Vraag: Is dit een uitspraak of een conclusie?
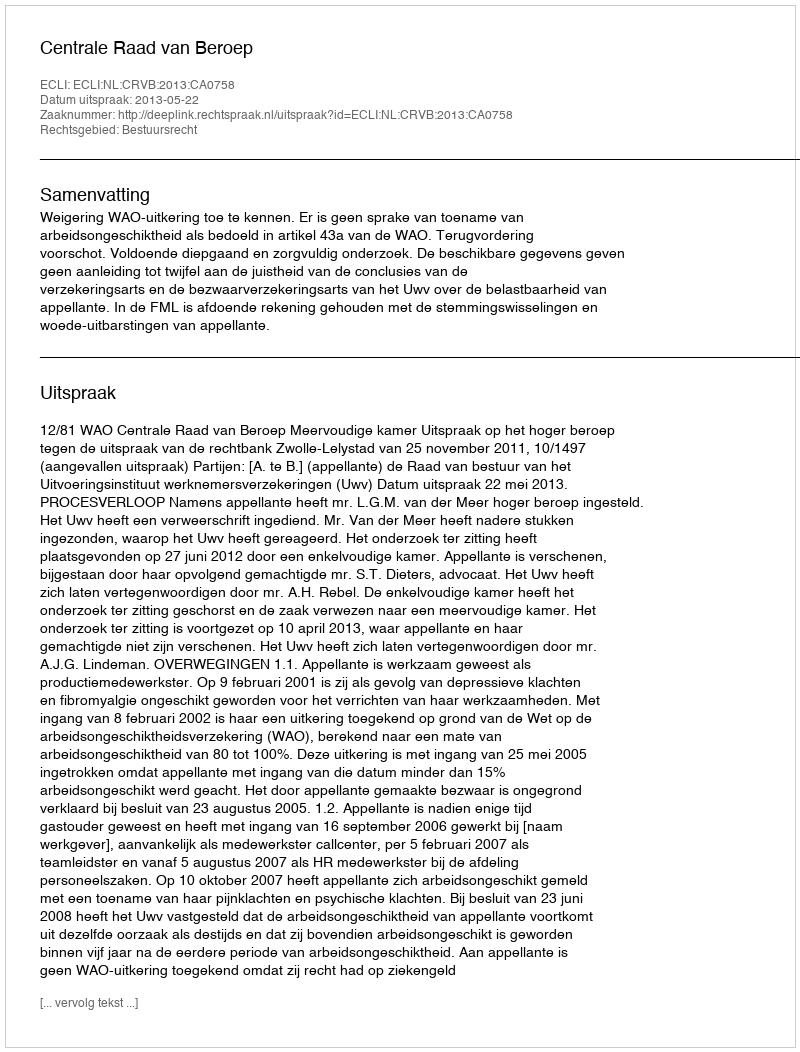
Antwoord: Uitspraak